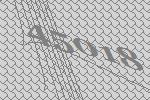
45018